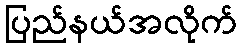
ပြည်နယ်အလိုက်